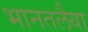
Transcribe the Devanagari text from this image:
भानतलैया